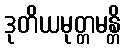
ဒုတိယမုတ္တမန္တိ